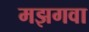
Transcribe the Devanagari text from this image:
मझगवा